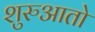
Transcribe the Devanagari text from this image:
शुरुआतो